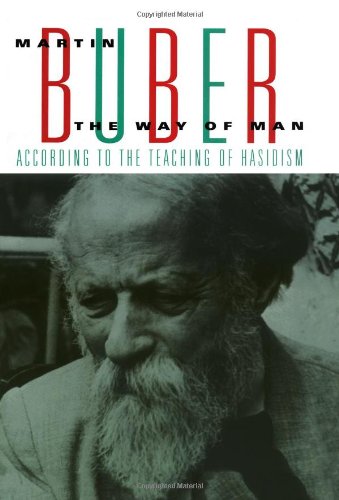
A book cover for The Way Of Man: According to the Teaching of Hasidism; Martin Buber; Religion & Spirituality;